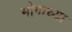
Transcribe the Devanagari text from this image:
भोगाच्या